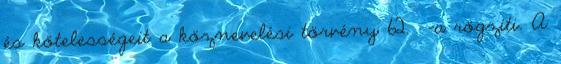
és kötelességeit a köznevelési törvény 62. §-a rögzíti. A